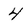
Character: 4